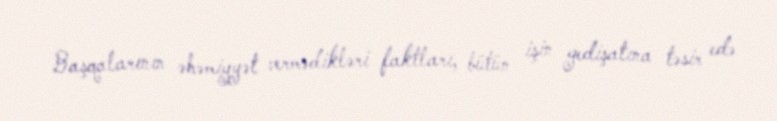
Başqalarının əhəmiyyət vermədikləri faktları, bütün işin gedişatına təsir edə